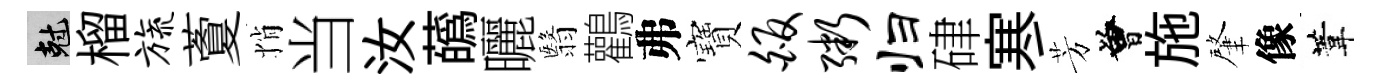
剋榴旒藑悄当汝蘤曬翳鸛弗寶皈粥归硉寒芳曾施肇像葦